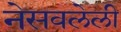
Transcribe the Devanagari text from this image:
नेसवलेली